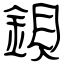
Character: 鋇